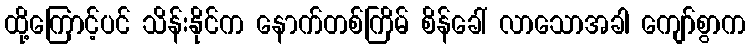
ထို့ကြောင့်ပင် သိန်းနိုင်က နောက်တစ်ကြိမ် စိန်ခေါ် လာသောအခါ ကျော်စွာက